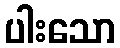
ပါးသော